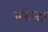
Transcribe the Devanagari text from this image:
नरोन्हा